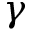
\gamma